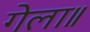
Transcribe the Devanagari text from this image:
गेला॥